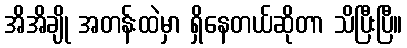
အိအိချို အတန်းထဲမှာ ရှိနေတယ်ဆိုတာ သိပြီးပြီ။